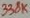
Text: 338K